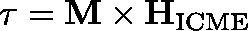
\mathbf { \tau } = \mathbf { M } \times \mathbf { H } _ { \mathrm { I C M E } }